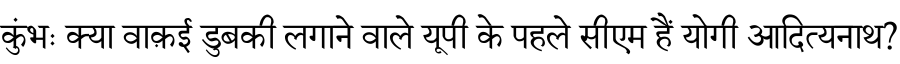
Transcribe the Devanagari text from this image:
कुंभः क्या वाक़ई डुबकी लगाने वाले यूपी के पहले सीएम हैं योगी आदित्यनाथ?